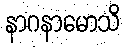
နာဂနာမောသိ